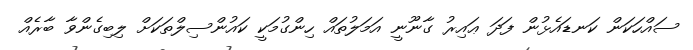
ސައްހަކަން ކަނޑައެޅުން ފަދަ ޢައިރު ގާނޫނީ އަމަލުތައް ހިންގުމަކީ ކައުންސިލްތަކަށް ލިބިގެންވާ ބާރެއް